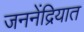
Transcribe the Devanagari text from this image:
जननेंद्रियात